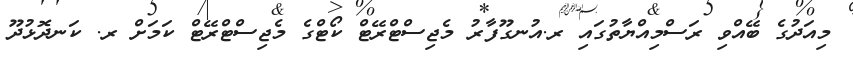
މިއަދުގެ ބޭއްވި ރަސްމިއްޔާތުގައި ރ.އުނގޫފާރު މެޖިސްޓްރޭޓް ކޯޓްގެ މެޖިސްޓްރޭޓް ކަމަށް ރ. ކަނދޮޅުދޫ